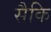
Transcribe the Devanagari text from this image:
सैकि